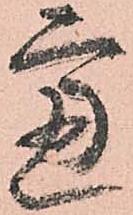
慮